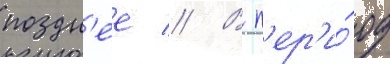
поздн'ее // В п'ер'и́од